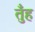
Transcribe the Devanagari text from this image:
तुँह